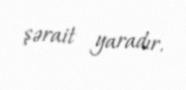
şərait yaradır.